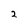
Character: 2